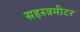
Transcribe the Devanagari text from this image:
सहस्त्रमीटर